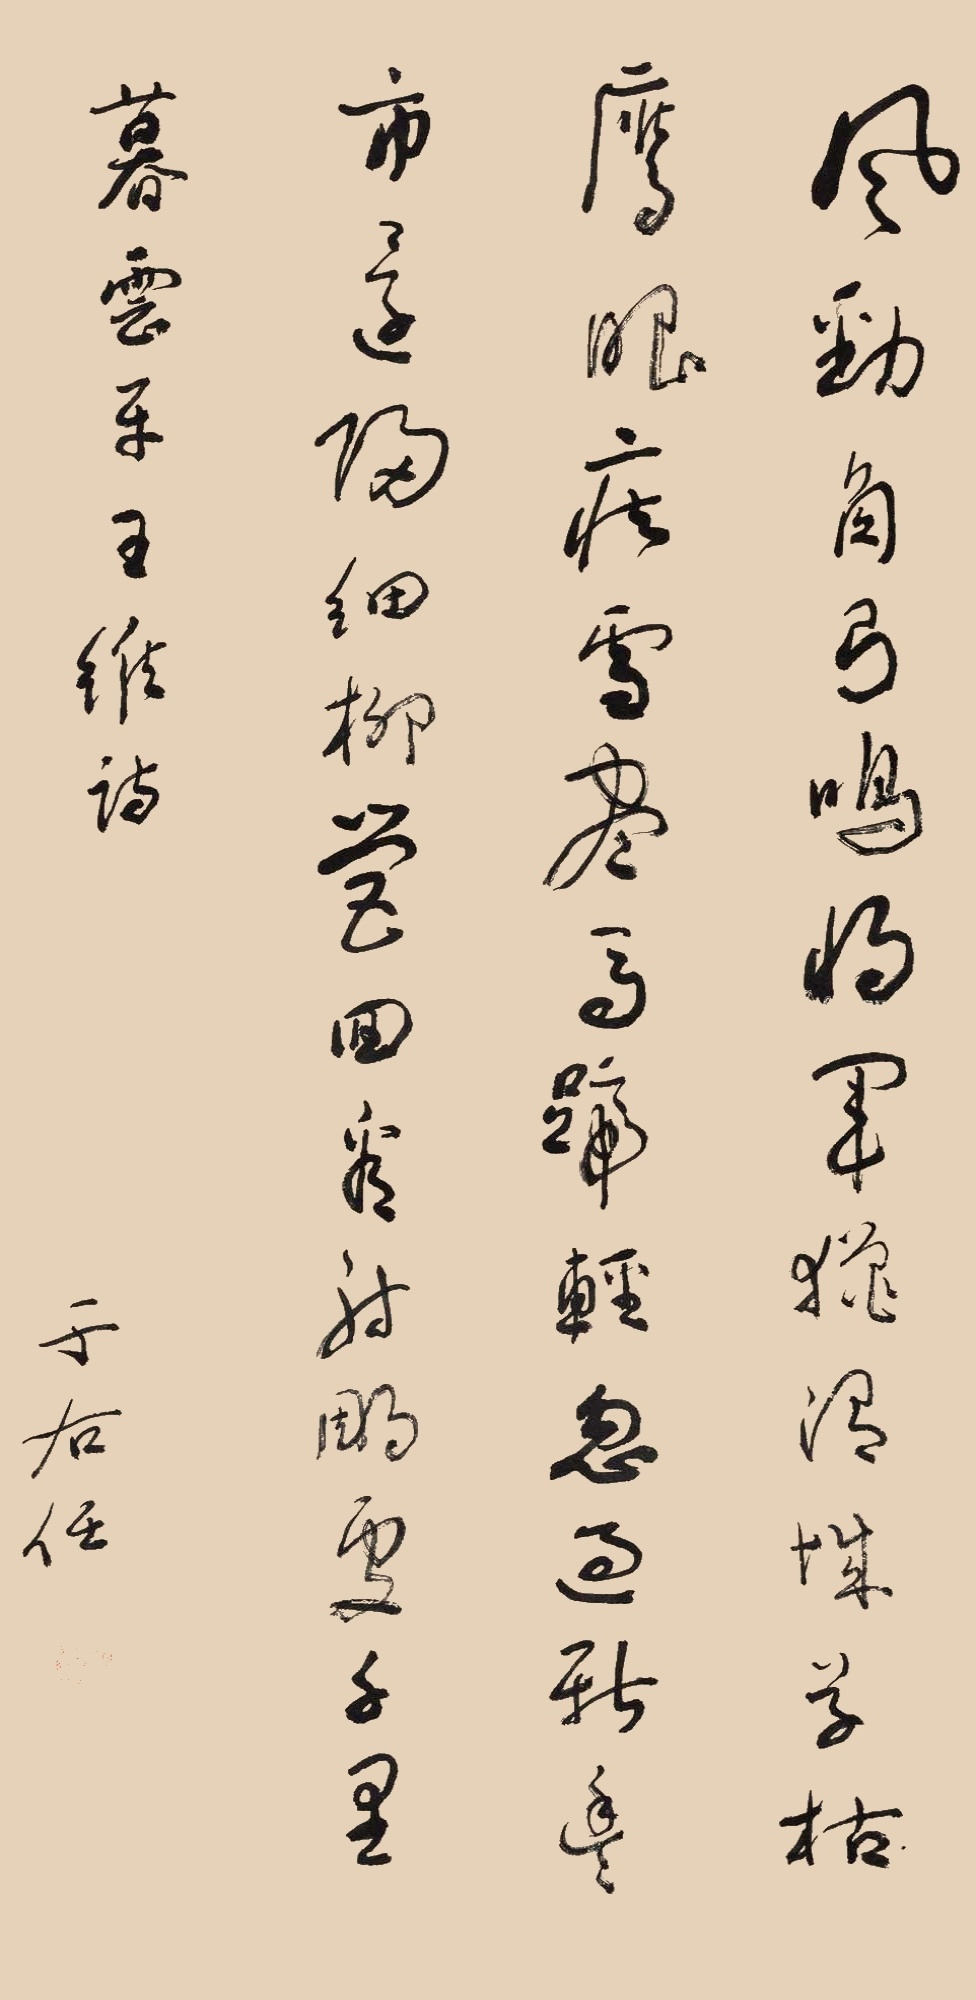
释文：风劲角弓鸣，将军猎渭城。草枯鹰眼疾，雪尽马蹄轻。忽过新丰市，还归细柳营。回看射雕处，千里暮云平。王维诗，于右任。